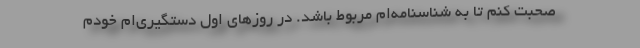
صحبت كنم تا به شناسنامه‌ام مربوط باشد. در روز‌های اول دستگیری‌ام خودم